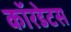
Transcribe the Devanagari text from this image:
कॉरडेटस